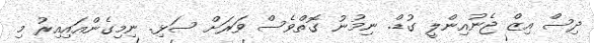
ދިސް އިޒް ޖެނުއިންލީ ގުޑް. ނިމުނު ގޮތްވެސް ވަރަށް ސަޅި. ނިމިގެންއައިއިރު މި